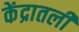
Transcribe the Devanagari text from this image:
केंद्रातली